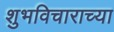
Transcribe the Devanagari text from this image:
शुभविचाराच्या